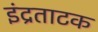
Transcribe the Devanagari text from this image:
इंद्रताटक